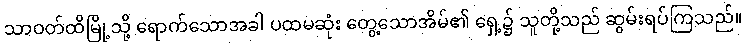
သာဝတ်ထိမြို့သို့ ရောက်သောအခါ ပထမဆုံး တွေ့သောအိမ်၏ ရှေ့၌ သူတို့သည် ဆွမ်းရပ်ကြသည်။